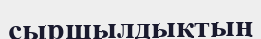
сыршылдықтың